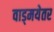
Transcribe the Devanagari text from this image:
वाड्मयेतर